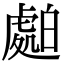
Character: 𧇤